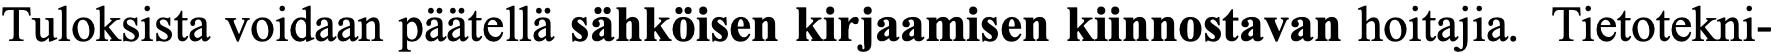
Tuloksista voidaan päätellä sähköisen kirjaamisen kiinnostavan hoitajia. Tietotekni-